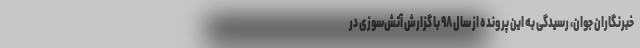
خبرنگاران جوان، رسیدگی به این پرونده از سال ۹۸ با گزارش آتش‌سوزی در